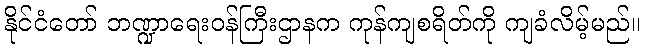
နိုင်ငံတော် ဘဏ္ဍာရေးဝန်ကြီးဌာနက ကုန်ကျစရိတ်ကို ကျခံလိမ့်မည်။